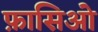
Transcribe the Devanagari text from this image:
फ़ासिओ